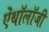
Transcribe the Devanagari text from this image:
ऐंथॉलॉजी